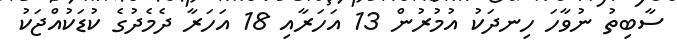
ސާބިތު ނުވާހަ ހިނދަކު އުމުރުން 13 އަހަރާއި 18 އަހަރާ ދެމެދުގެ ކުޑަކުއްޖަކު